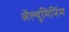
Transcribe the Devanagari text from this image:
ॲल्युमिनिंम